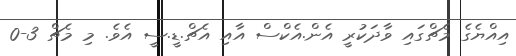
އިއްޔެގެ މެޗްގައި ވާދަކުރީ އެން.އެކްސް އާއި އެޗް.ޑީ.ސީ އެވެ. މި މެޗް 3-0